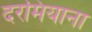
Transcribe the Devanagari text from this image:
दरमियाना